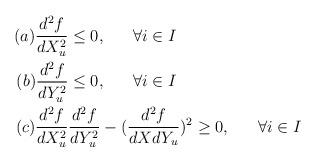
LaTeX: \begin{align*}(a) \dfrac{d^2f}{dX^2_u}\leq 0,~~~~~\forall i\in I~~~~~~~~~~~~~~~~~~~~~~~~~~~~~~~~~~~~\\(b) \dfrac{d^2f}{dY^2_u}\leq 0,~~~~~\forall i\in I~~~~~~~~~~~~~~~~~~~~~~~~~~~~~~~~~~~~\\(c) \dfrac{d^2f}{dX^2_u}\dfrac{d^2f}{dY^2_u}-(\dfrac{d^2f}{dXdY_u})^2\geq 0,~~~~~\forall i\in I~~~~~~~~~~~~~\\\end{align*}